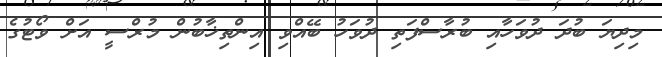
މިދިޔަ ބުދަ ދުވަހާއި ބުރާސްފަތި ދުވަހު ބޭއްވި އިންތިޚާބުން މުރްސީ އަށް ވޯޓުގެ